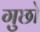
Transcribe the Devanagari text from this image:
गुछो